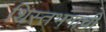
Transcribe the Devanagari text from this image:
शिस्तभंगाची